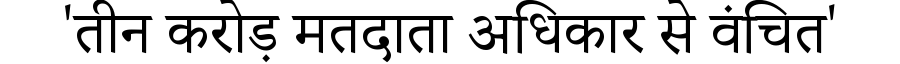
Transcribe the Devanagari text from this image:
'तीन करोड़ मतदाता अधिकार से वंचित'